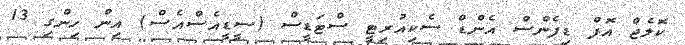
ކޮލެޖް އޮފް ޑިފެންސް އެންޑް ސެކިއުރިޓީ ސްޓަޑީސް (ސީޑީއެސްއެސް) އިން ހިންގި 13